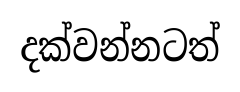
දක්වන්නටත්